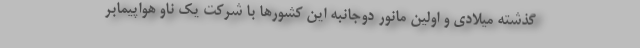
گذشته میلادی و اولین مانور دوجانبه این کشورها با شرکت یک ناو هواپیمابر